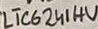
Text: LTC6241HV